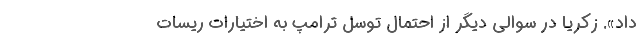
داد». زکریا در سوالی دیگر از احتمال توسل ترامپ به اختیارات ریسات